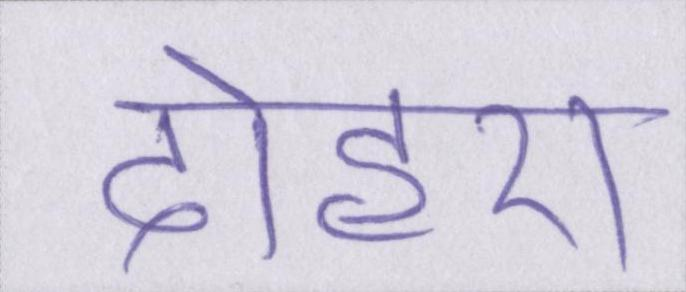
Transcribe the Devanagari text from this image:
दोहरा